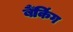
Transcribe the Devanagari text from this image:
बैँकिंग